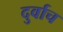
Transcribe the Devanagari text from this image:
दुर्वाच